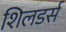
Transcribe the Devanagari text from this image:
शिलडर्स